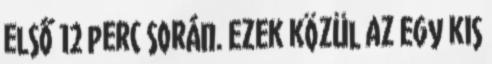
első 12 perc során. Ezek közül az egy kis